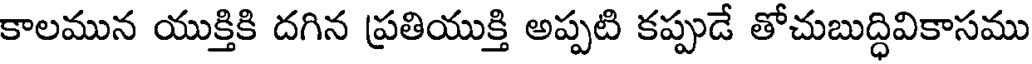
కాలమున యుక్తికి దగిన ప్రతియుక్తి అప్పటి కప్పుడే తోచుబుద్ధివికాసము